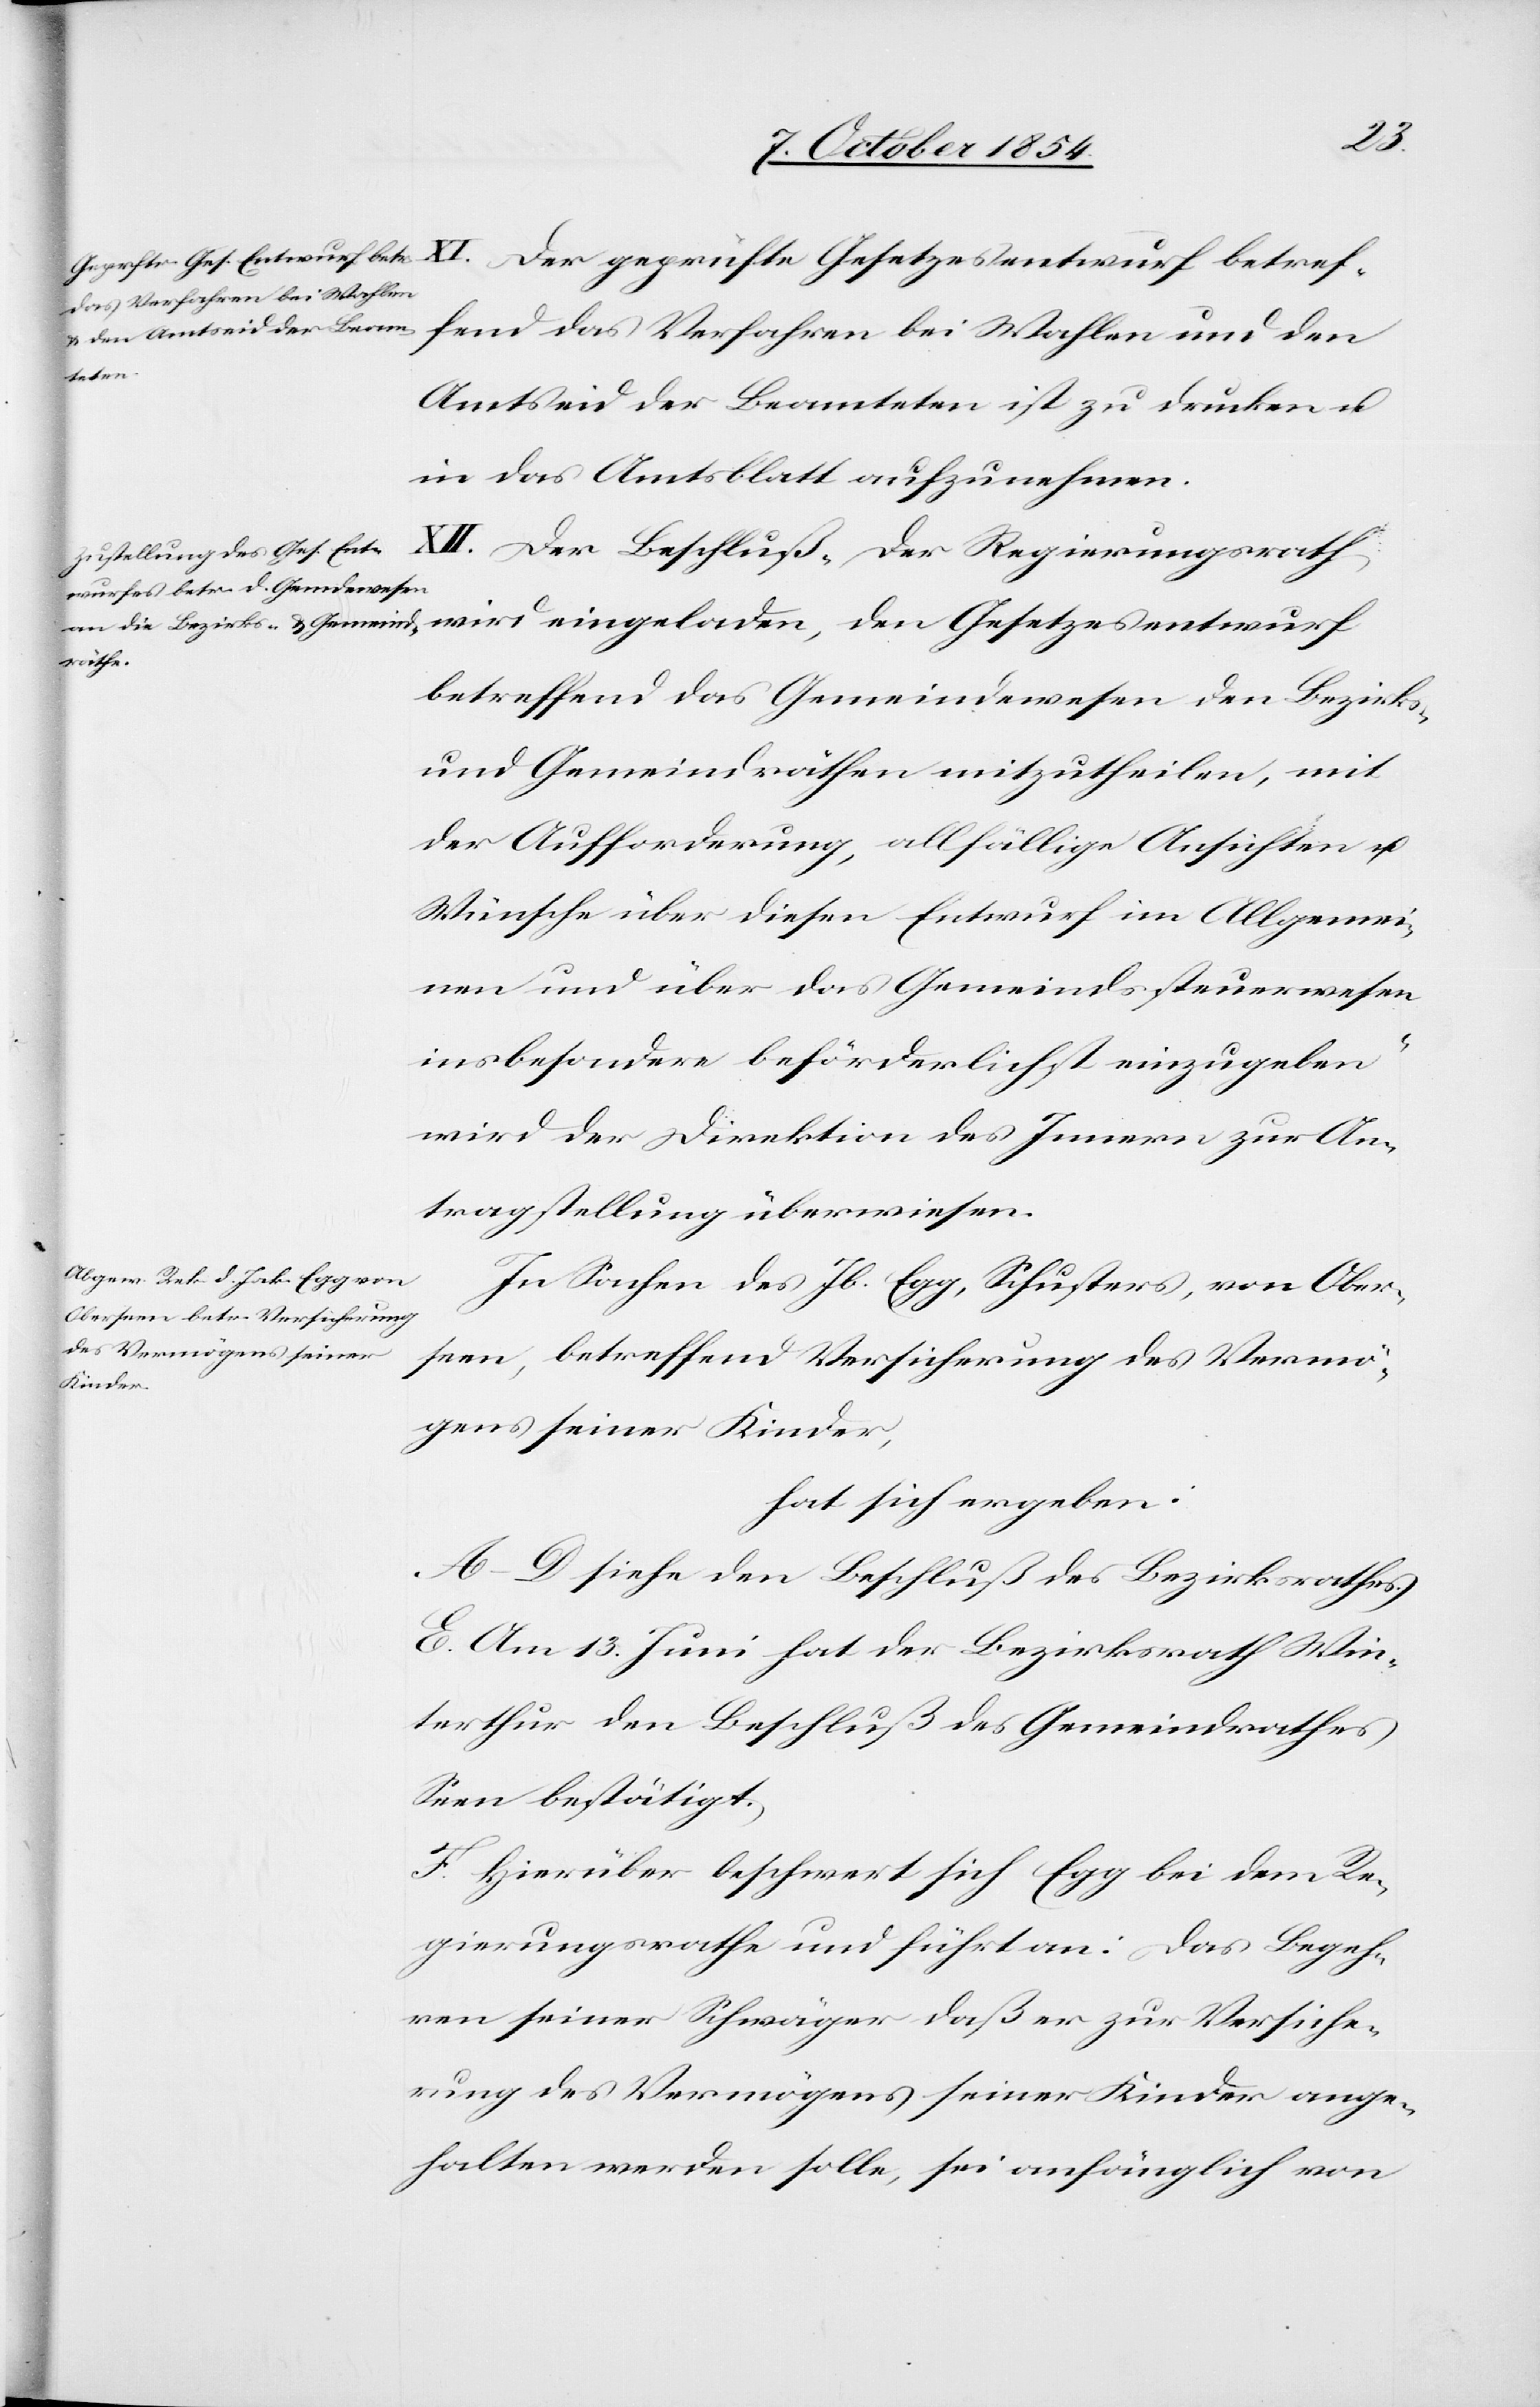
den
das Verfahren bei Wahlen
Amtseid der Beamteten ist zu drucken u.
in das Amtsblatt aufzunehmen.
XII. Der Beschluß „Der Regierungsrath
betreffend das Gemeindewesen den Bezirks-
und Gemeindräthen mitzutheilen, mit
der Aufforderung, allfällige Ansichten u.
Wünsche über diesen Entwurf im Allgemei¬
nen und über das Gemeindssteuerwesen
insbesondere beförderlichst einzugeben“
wird der Direktion des Innern zur An¬
tragstellung überwiesen.
In Sachen des Jb. Egg, Schusters, von Ober¬
seen, betreffend Versicherung des Vermö¬
gens seiner Kinder,
hat sich ergeben:
A–D[.] siehe den Beschluß des Bezirksrathes.
E. Am 13. Juni hat der Bezirksrath Win¬
terthur den Beschluß des Gemeindrathes
Seen bestätigt.
F. Hierüber beschwert sich Egg bei dem Re¬
gierungsrathe und führt an: Das Begeh¬
ren seiner Schwäger daß er zur Versiche¬
rung des Vermögens seiner Kinder ange¬
halten werden solle, sei anfänglich von